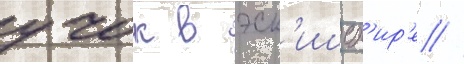
учок в эск'ишех'ир'е //